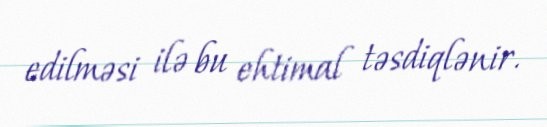
edilməsi ilə bu ehtimal təsdiqlənir.